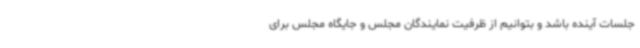
جلسات آینده باشد و بتوانیم از ظرفیت نمایندگان مجلس و جایگاه مجلس برای